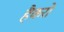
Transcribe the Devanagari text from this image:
हैकरो